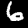
Digit: 6